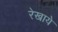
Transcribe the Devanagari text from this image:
रेखाये